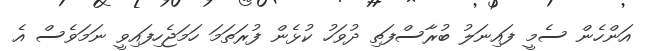
އަންހެން ސެމީ ފައިނަލު ބުރާސްފަތި ދުވަހު ކުޅެން ފުރަތަމަ ހަމަޖެހިިފައިވީ ނަމަވެސް އެ